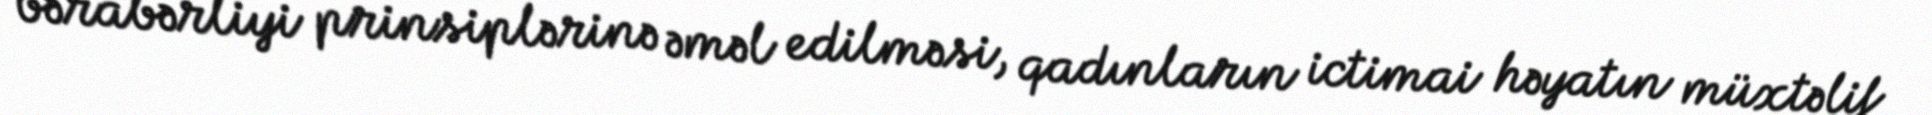
bərabərliyi prinsiplərinə əməl edilməsi, qadınların ictimai həyatın müxtəlif